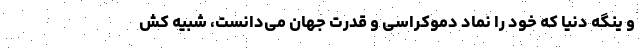
و ینگه دنیا که خود را نماد دموکراسی و قدرت جهان می‌دانست، شبیه کش